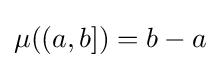
\mu ((a,b])=b-a